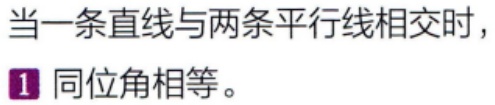
当一条直线与两条平行线相交时，
\(1\) 同位角相等。